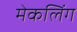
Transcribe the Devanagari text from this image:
मेकलिंग